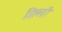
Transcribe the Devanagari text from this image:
डिल्ली